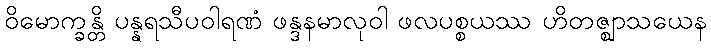
ဝိမောက္ခန္တိ ပန္နရသီပဝါရဏံ ဖန္ဒနမာလုဝါ ဖလပစ္စယဿ ဟိတဇ္ဈာသယေန